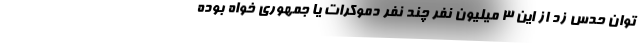
توان حدس زد از این 3 میلیون نفر چند نفر دموکرات یا جمهوری خواه بوده